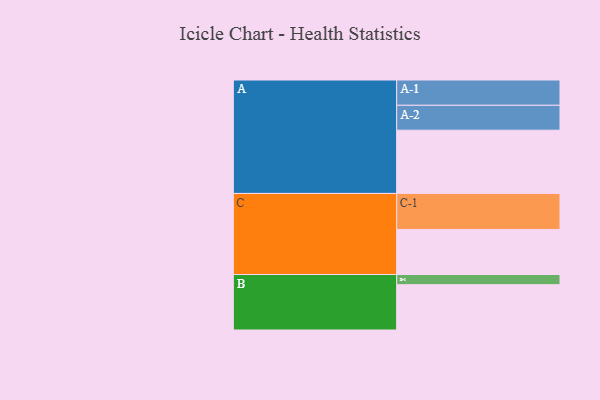
{"axis": {"x": "Segment", "y": "Value"}, "legend": ["", "A", "B", "C"], "data": [{"x": "A", "y": 490, "type": ""}, {"x": "B", "y": 351, "type": ""}, {"x": "C", "y": 349, "type": ""}, {"x": "A-1", "y": 196, "type": "A"}, {"x": "A-2", "y": 193, "type": "A"}, {"x": "B-1", "y": 79, "type": "B"}, {"x": "C-1", "y": 279, "type": "C"}]}